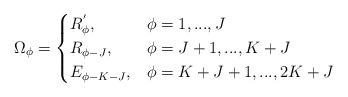
LaTeX: \begin{align*}{\Omega_\phi}=\begin{cases}R^{'}_\phi,&\phi=1,...,J\\R_{\phi-J},&\phi=J+1,...,K+J\\E_{\phi-K-J},&\phi=K+J+1,...,2K+J\\\end{cases}\end{align*}